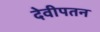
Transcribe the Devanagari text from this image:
देवीपतन